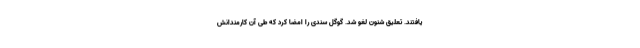
یافتند. تعلیق شنون لغو شد. گوگل سندی را امضا کرد که طی آن کارمندانش